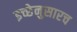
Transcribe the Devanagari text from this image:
इच्छेनुसारच